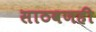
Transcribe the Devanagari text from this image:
साठवणही